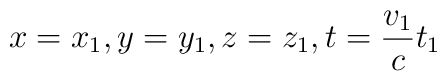
x=x_1,y=y_1,z=z_1,t=\frac{v_1}ct_1